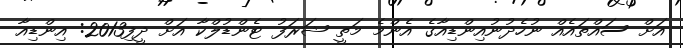
އަށް ސައްތައެއް ނުހެދުނުއިންޑިއާގެ އެންމެ މަތީ ޝަރަފު ޓެންޑުލްކާ އަށް ދީފި2013: އިންޑިއާ